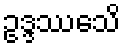
ဥဒ္ဒဿေသိ